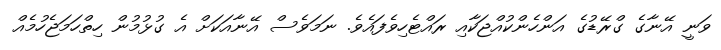
ވަނީ އޭނާގެ ގްރޭޑުގެ އަންހެންކުއްޖަކާއި ރައްޓެހިވެފައެވެ. ނަމަވެސް އޭނާއަކަށް އެ ގުޅުމުން ހިތްހަމަޖެހުމެއް